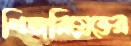
খিজরিয়েভের